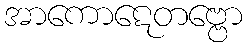
အာကောဋေတဗ္ဗော